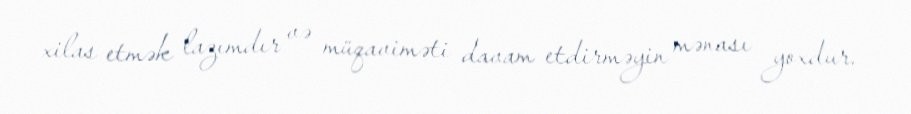
xilas etmək lazımdır və müqaviməti davam etdirməyin mənası yoxdur.